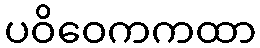
ပဝိဝေကကထာ